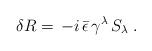
LaTeX: \begin{align*}\delta R=\,-i\,\bar \epsilon \,\gamma ^\lambda \,S_\lambda \;.\end{align*}